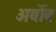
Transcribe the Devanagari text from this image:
अर्बोब